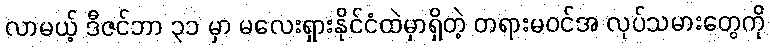
လာမယ့် ဒီဇင်ဘာ ၃၁ မှာ မလေးရှားနိုင်ငံထဲမှာရှိတဲ့ တရားမဝင်အ လုပ်သမားတွေကို